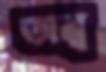
তাম্ব